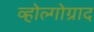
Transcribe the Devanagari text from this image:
व्होल्गोग्राद